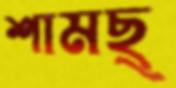
শামছ্